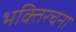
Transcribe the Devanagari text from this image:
भक्तिरचना